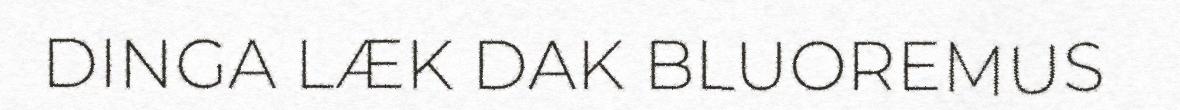
DINGA LÆK DAK BLUOREMUS